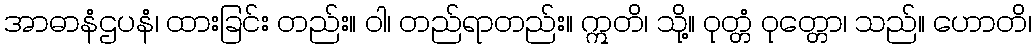
အာဓာနံဌပနံ၊ ထားခြင်း တည်း။ ဝါ၊ တည်ရာတည်း။ ဣတိ၊ သို့။ ဝုတ္တံ ဝုတ္တော၊ သည်။ ဟောတိ၊